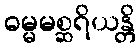
ဓမ္မမစ္ဆရိယန္တိ